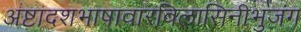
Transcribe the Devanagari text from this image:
अष्टादशभाषावारविलासिनीभुजंग